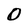
Character: O